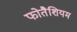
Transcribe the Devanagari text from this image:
फोतैशियम